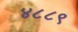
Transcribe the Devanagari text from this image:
४८८९